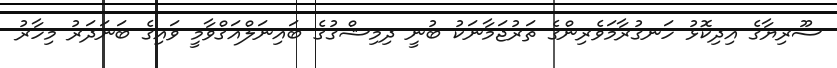
ސޫރިޔާގެ އިދިކޮޅު ހަނގުރާމަވެރިންގެ ތަރުޖަމާނަކު ބުނީ ދިމިޝްގުޤެ ބައިނަލްއަޤްވާމީ ވައިގެ ބަނަދަރު މިހާރު